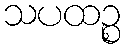
သပထဉ္စ